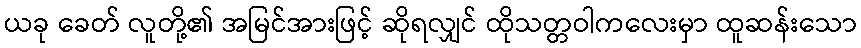
ယခု ခေတ် လူတို့၏ အမြင်အားဖြင့် ဆိုရလျှင် ထိုသတ္တဝါကလေးမှာ ထူဆန်းသော